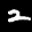
Label: 2